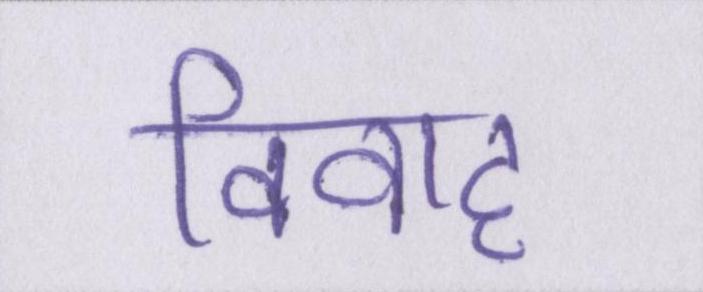
विवाह